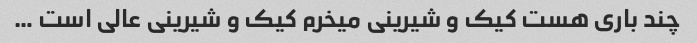
چند باری هست کیک و شیرینی میخرم کیک و شیرینی عالی است …